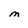
Character: M